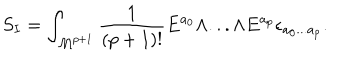
S _ { I } = \int _ { { \cal M } ^ { p + 1 } } { \frac { 1 } { ( p + 1 ) ! } } E ^ { a _ { 0 } } \wedge . . . \wedge E ^ { a _ { p } } \epsilon _ { a _ { 0 } . . . a _ { p } } .